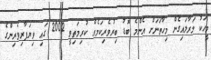
މީހަކު މަރާލައިގެން މިހާތަނަށް އެންމެ ބޮޑު ބިރުވެރިކަމެއް ކުރިމަތިވީ 2002 ގައި ވިޔަފާރިވެރިންގެ